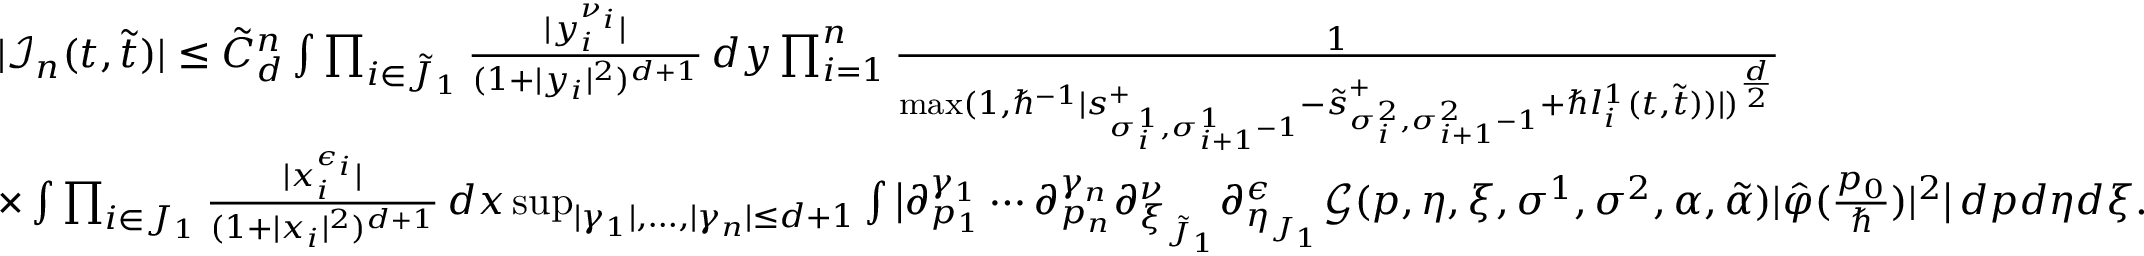
\begin{array} { r l } & { | \mathcal { I } _ { n } ( \boldsymbol { t } , \boldsymbol { \tilde { t } } ) | \leq \tilde { C } _ { d } ^ { n } \int \prod _ { i \in \tilde { J } _ { 1 } } \frac { | y _ { i } ^ { \nu _ { i } } | } { ( 1 + | y _ { i } | ^ { 2 } ) ^ { d + 1 } } \, d \boldsymbol { y } \prod _ { i = 1 } ^ { n } \frac { 1 } { \operatorname* { m a x } ( 1 , \hbar ^ { - 1 } | \boldsymbol { s } _ { \sigma _ { i } ^ { 1 } , \sigma _ { i + 1 } ^ { 1 } - 1 } ^ { + } - \boldsymbol { \tilde { s } } _ { \sigma _ { i } ^ { 2 } , \sigma _ { i + 1 } ^ { 2 } - 1 } ^ { + } + \hbar l _ { i } ^ { 1 } ( \boldsymbol { t } , \boldsymbol { \tilde { t } } ) ) | ) ^ { \frac { d } { 2 } } } } \\ & { \times \int \prod _ { i \in J _ { 1 } } \frac { | x _ { i } ^ { \epsilon _ { i } } | } { ( 1 + | x _ { i } | ^ { 2 } ) ^ { d + 1 } } \, d \boldsymbol { x } \operatorname* { s u p } _ { | \gamma _ { 1 } | , \dots , | \gamma _ { n } | \leq d + 1 } \int \big | \partial _ { p _ { 1 } } ^ { \gamma _ { 1 } } \cdots \partial _ { p _ { n } } ^ { \gamma _ { n } } \partial _ { \boldsymbol { \xi } _ { \tilde { J } _ { 1 } } } ^ { \boldsymbol { \nu } } \partial _ { \boldsymbol { \eta } _ { J _ { 1 } } } ^ { \boldsymbol { \epsilon } } \mathcal { G } ( \boldsymbol { p } , \boldsymbol { \eta } , \boldsymbol { \xi } , \sigma ^ { 1 } , \sigma ^ { 2 } , \alpha , \tilde { \alpha } ) | \hat { \varphi } ( \frac { p _ { 0 } } { \hbar } ) | ^ { 2 } \big | \, d \boldsymbol { p } d \boldsymbol { \eta } d \boldsymbol { \xi } . } \end{array}